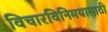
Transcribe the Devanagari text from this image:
विचारविनिमयासाठी